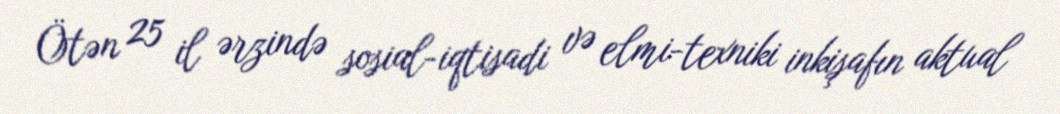
Ötən 25 il ərzində sosial-iqtisadi və elmi-texniki inkişafın aktual